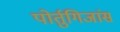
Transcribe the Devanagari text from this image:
पोर्तुगिजांस